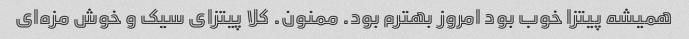
همیشه پیتزا خوب بود امروز بهترم بود. ممنون. کلا پیتزای سیک و خوش مزه‌ای